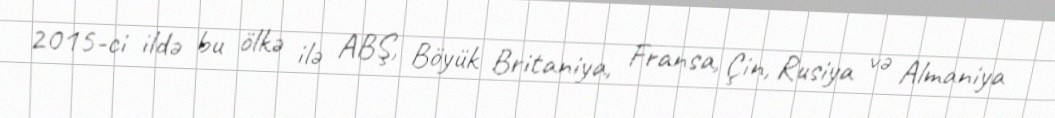
2015-ci ildə bu ölkə ilə ABŞ, Böyük Britaniya, Fransa, Çin, Rusiya və Almaniya